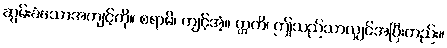
ဆွမ်းခံသောအကျင့်ကို။ စရာမိ၊ ကျင့်အံ့။ ဣတိ၊ ဤသည်သာလျှင်အပြီးတည်း။